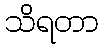
သိရတာ